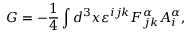
G = - \frac { 1 } { 4 } \int d ^ { 3 } x \varepsilon ^ { i j k } F _ { j k } ^ { \alpha } A _ { i } ^ { \alpha } ,